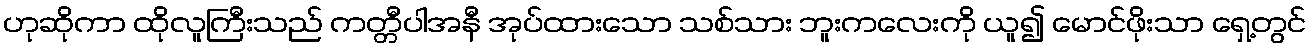
ဟုဆိုကာ ထိုလူကြီးသည် ကတ္တီပါအနီ အုပ်ထားသော သစ်သား ဘူးကလေးကို ယူ၍ မောင်ဖိုးသာ ရှေ့တွင်